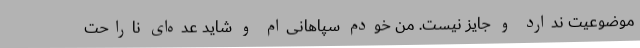
موضوعیت ندارد و جایز نیست. من خودم سپاهانی‌ام و شاید عده‌ای ناراحت